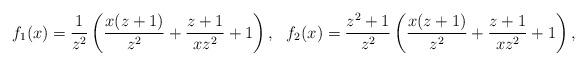
LaTeX: \begin{align*}& f_1(x) = \frac{1}{z^2} \left(\frac{x(z+1)}{z^2}+\frac{z+1}{xz^2}+1\right), & f_2(x) = \frac{z^2+1}{z^2} \left(\frac{x(z+1)}{z^2}+\frac{z+1}{xz^2}+1\right), \end{align*}